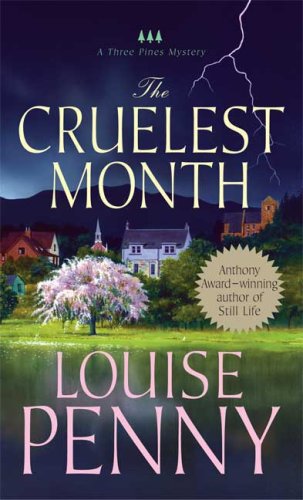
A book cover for The Cruelest Month: A Chief Inspector Gamache Novel; Louise Penny; Literature & Fiction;